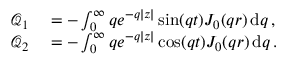
\begin{array} { r l } { \mathcal { Q } _ { 1 } } & { { } = - \int _ { 0 } ^ { \infty } q e ^ { - q | z | } \sin ( q t ) J _ { 0 } ( q r ) \, \mathrm { d } q \, , } \\ { \mathcal { Q } _ { 2 } } & { { } = - \int _ { 0 } ^ { \infty } q e ^ { - q | z | } \cos ( q t ) J _ { 0 } ( q r ) \, \mathrm { d } q \, . } \end{array}